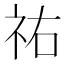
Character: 祐